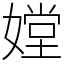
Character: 𡠠